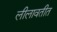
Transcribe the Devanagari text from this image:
लीलावतीत